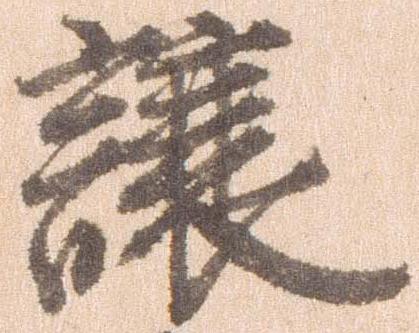
譲